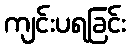
ကျင်းပရခြင်း